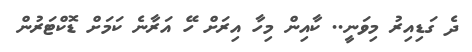
ދެ ގަޑިއިރު މިވަނީ.. ކާއިން މިހާ އިރަށް ހޭ އަރާނެ ކަމަށް ޑޮކްޓަރުން